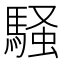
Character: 騒